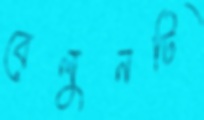
বেলুনটি